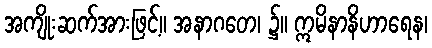
အကျိုးဆက်အားဖြင့်။ အနာဂတေ၊ ၌။ ဣမိနာနိဟာရေန၊